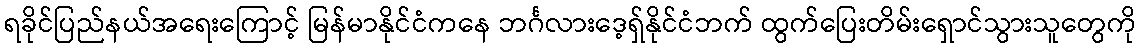
ရခိုင်ပြည်နယ်အရေးကြောင့် မြန်မာနိုင်ငံကနေ ဘင်္ဂလားဒေ့ရှ်နိုင်ငံဘက် ထွက်ပြေးတိမ်းရှောင်သွားသူတွေကို